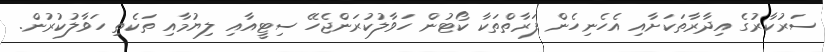
ސަރުކާރުގެ އިދާރާތަކަށާއި އެހެނިހެން ފަރާތްތަކާ ކޯޓުން ހަވާލުކުރަންޖެހޭ ސިޓީއާއި ލިޔުމާއި ތަކެތި ހަވާލުކުރުން.